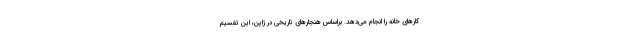
کارهای خانه را انجام می‌دهد. براساس هنجارهای تاریخی در ژاپن، این تقسیم